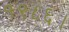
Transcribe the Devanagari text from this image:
१९८६।